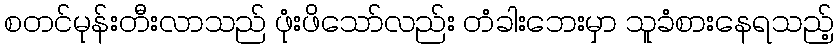
စတင်မုန်းတီးလာသည် ဖုံးဖိသော်လည်း တံခါးဘေးမှာ သူခံစားနေရသည့်